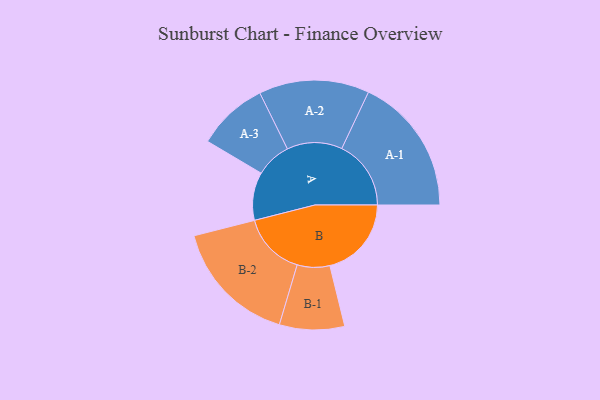
{"axis": {"x": "Segment", "y": "Value"}, "legend": ["", "A", "B"], "data": [{"x": "A", "y": 195, "type": ""}, {"x": "B", "y": 331, "type": ""}, {"x": "A-1", "y": 281, "type": "A"}, {"x": "A-2", "y": 224, "type": "A"}, {"x": "A-3", "y": 144, "type": "A"}, {"x": "B-1", "y": 132, "type": "B"}, {"x": "B-2", "y": 257, "type": "B"}]}